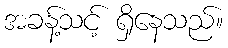
အခန့်သင့် ရှိနေသည်။